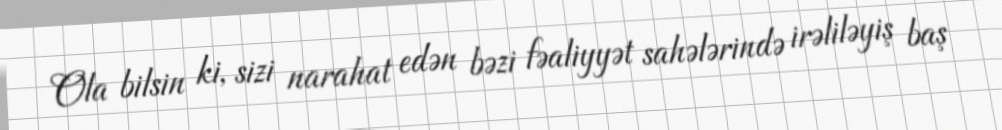
Ola bilsin ki, sizi narahat edən bəzi fəaliyyət sahələrində irəliləyiş baş